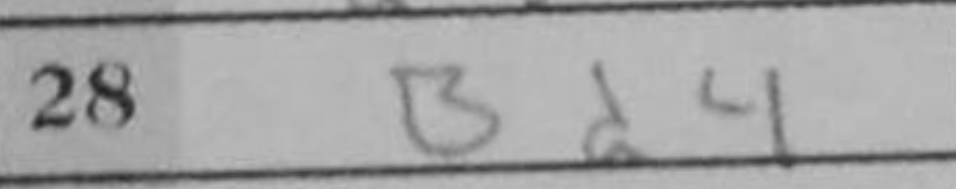
Transcription: Bd4